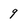
Character: 9